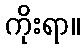
ကိုးရာ။